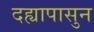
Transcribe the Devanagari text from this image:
दह्यापासुन